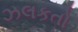
ઝલકતો